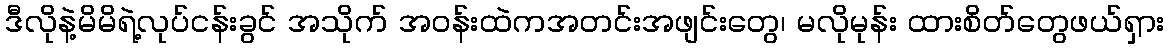
ဒီလိုနဲ့မိမိရဲ့လုပ်ငန်းခွင် အသိုက် အဝန်းထဲကအတင်းအဖျင်းတွေ၊ မလိုမုန်း ထားစိတ်တွေဖယ်ရှား